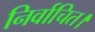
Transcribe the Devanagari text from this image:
निर्वाचित।